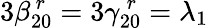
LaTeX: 3\beta_{20}^{\, r}=3\gamma_{20}^{\, r}=\lambda_{1}